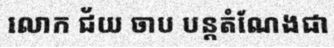
លោក ជ័យ ចាប បន្តតំណែងជា